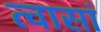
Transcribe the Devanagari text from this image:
त्वासां